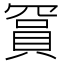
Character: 𬥙